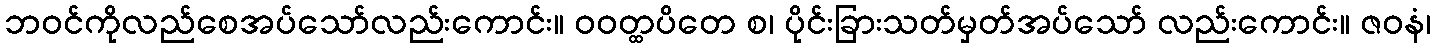
ဘဝင်ကိုလည်စေအပ်သော်လည်းကောင်း။ ဝဝတ္ထပိတေ စ၊ ပိုင်းခြားသတ်မှတ်အပ်သော် လည်းကောင်း။ ဇဝနံ၊